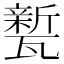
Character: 𭺦